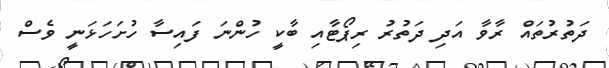
ދަތުރުތައް ރާވާ އަދި ދަތުރު ރިޕޯޓާއި ބާކީ ހުންނަ ފައިސާ ހުށަހަޅަނީ ވެސް